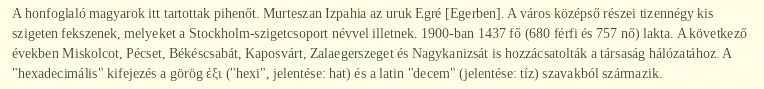
A honfoglaló magyarok itt tartottak pihenőt. Murteszan Izpahia az uruk Egré [Egerben]. A város középső részei tizennégy kis szigeten fekszenek, melyeket a Stockholm-szigetcsoport névvel illetnek. 1900-ban 1437 fő (680 férfi és 757 nő) lakta. A következő években Miskolcot, Pécset, Békéscsabát, Kaposvárt, Zalaegerszeget és Nagykanizsát is hozzácsatolták a társaság hálózatához. A "hexadecimális" kifejezés a görög έξι ("hexi", jelentése: hat) és a latin "decem" (jelentése: tíz) szavakból származik.